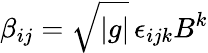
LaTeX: \beta_{ij}=\sqrt{|g|}\, \epsilon_{ijk}B^{k}